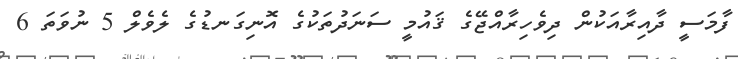
ފާމަސީ ދާއިރާއަކުން ދިވެހިރާއްޖޭގެ ޤައުމީ ސަނަދުތަކުގެ އޮނިގަނޑުގެ ލެވެލް 5 ނުވަތަ 6